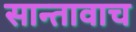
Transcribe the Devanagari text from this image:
सान्तावाच